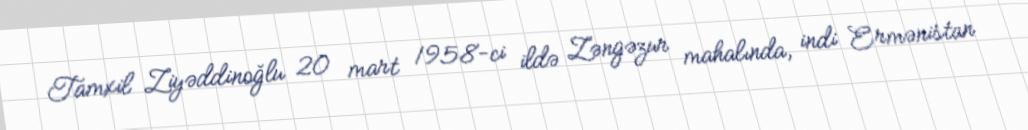
Tamxil Ziyəddinoğlu 20 mart 1958-ci ildə Zəngəzur mahalında, indi Ermənistan